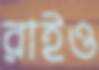
রাইও